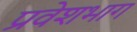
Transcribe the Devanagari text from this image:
प्रवेशभाग